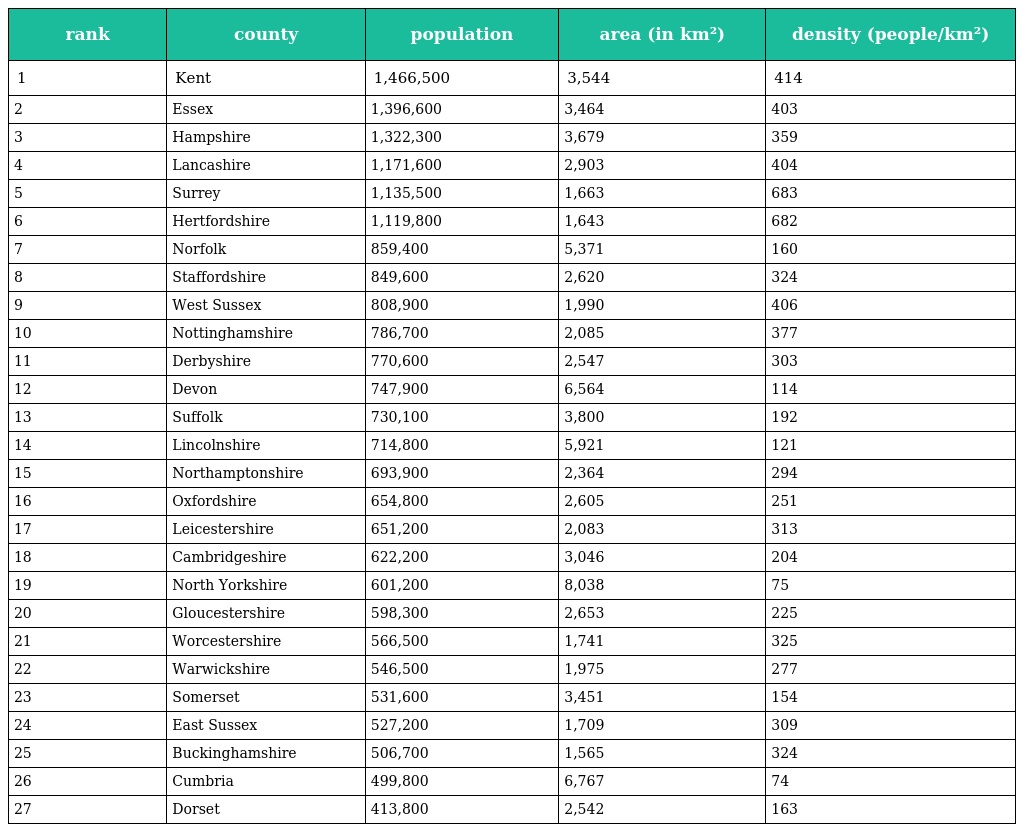
| rank | county | population | area (in km²) | density (people/km²) |
 | --- | --- | --- | --- | --- |
 | 1 | Kent | 1,466,500 | 3,544 | 414 |
 | 2 | Essex | 1,396,600 | 3,464 | 403 |
 | 3 | Hampshire | 1,322,300 | 3,679 | 359 |
 | 4 | Lancashire | 1,171,600 | 2,903 | 404 |
 | 5 | Surrey | 1,135,500 | 1,663 | 683 |
 | 6 | Hertfordshire | 1,119,800 | 1,643 | 682 |
 | 7 | Norfolk | 859,400 | 5,371 | 160 |
 | 8 | Staffordshire | 849,600 | 2,620 | 324 |
 | 9 | West Sussex | 808,900 | 1,990 | 406 |
 | 10 | Nottinghamshire | 786,700 | 2,085 | 377 |
 | 11 | Derbyshire | 770,600 | 2,547 | 303 |
 | 12 | Devon | 747,900 | 6,564 | 114 |
 | 13 | Suffolk | 730,100 | 3,800 | 192 |
 | 14 | Lincolnshire | 714,800 | 5,921 | 121 |
 | 15 | Northamptonshire | 693,900 | 2,364 | 294 |
 | 16 | Oxfordshire | 654,800 | 2,605 | 251 |
 | 17 | Leicestershire | 651,200 | 2,083 | 313 |
 | 18 | Cambridgeshire | 622,200 | 3,046 | 204 |
 | 19 | North Yorkshire | 601,200 | 8,038 | 75 |
 | 20 | Gloucestershire | 598,300 | 2,653 | 225 |
 | 21 | Worcestershire | 566,500 | 1,741 | 325 |
 | 22 | Warwickshire | 546,500 | 1,975 | 277 |
 | 23 | Somerset | 531,600 | 3,451 | 154 |
 | 24 | East Sussex | 527,200 | 1,709 | 309 |
 | 25 | Buckinghamshire | 506,700 | 1,565 | 324 |
 | 26 | Cumbria | 499,800 | 6,767 | 74 |
 | 27 | Dorset | 413,800 | 2,542 | 163 |